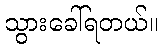
သွားခေါ်ရတယ်။